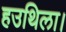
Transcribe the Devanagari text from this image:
हउथिला।